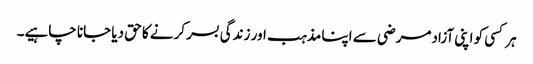
ہر کسی کو اپنی آزادمرضی سے اپنا مذہب اور زندگی بسر کرنے کا حق دیا جانا چاہیے۔